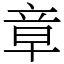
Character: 章